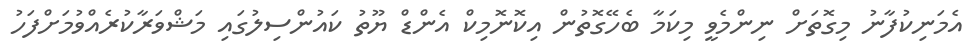
އެމަނިކުފާނު މިގޮތަށް ނިންމެވީ މިކަމާ ބެހޭގޮތުން އިކޮނޮމިކް އެންޑް ޔޫތު ކައުންސިލުގައި މަޝްވަރާކުރެއްވުމަށްފަހު